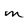
Character: m